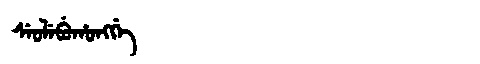
Manchu: ᠰᡝᠣᠯᡝᠪᡠᡥᠣᠩᡤᡝ
Romanization: SEOLEBUHONGGE